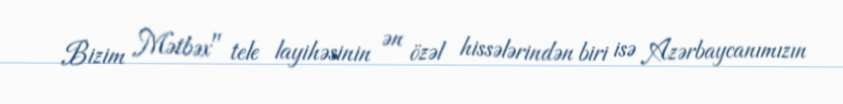
Bizim Mətbəx" tele layihəsinin ən özəl hissələrindən biri isə Azərbaycanımızın